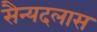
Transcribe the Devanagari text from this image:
सैन्यदलास